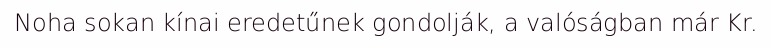
Noha sokan kínai eredetűnek gondolják, a valóságban már Kr.